Haapsalu_Metskond, lk 31
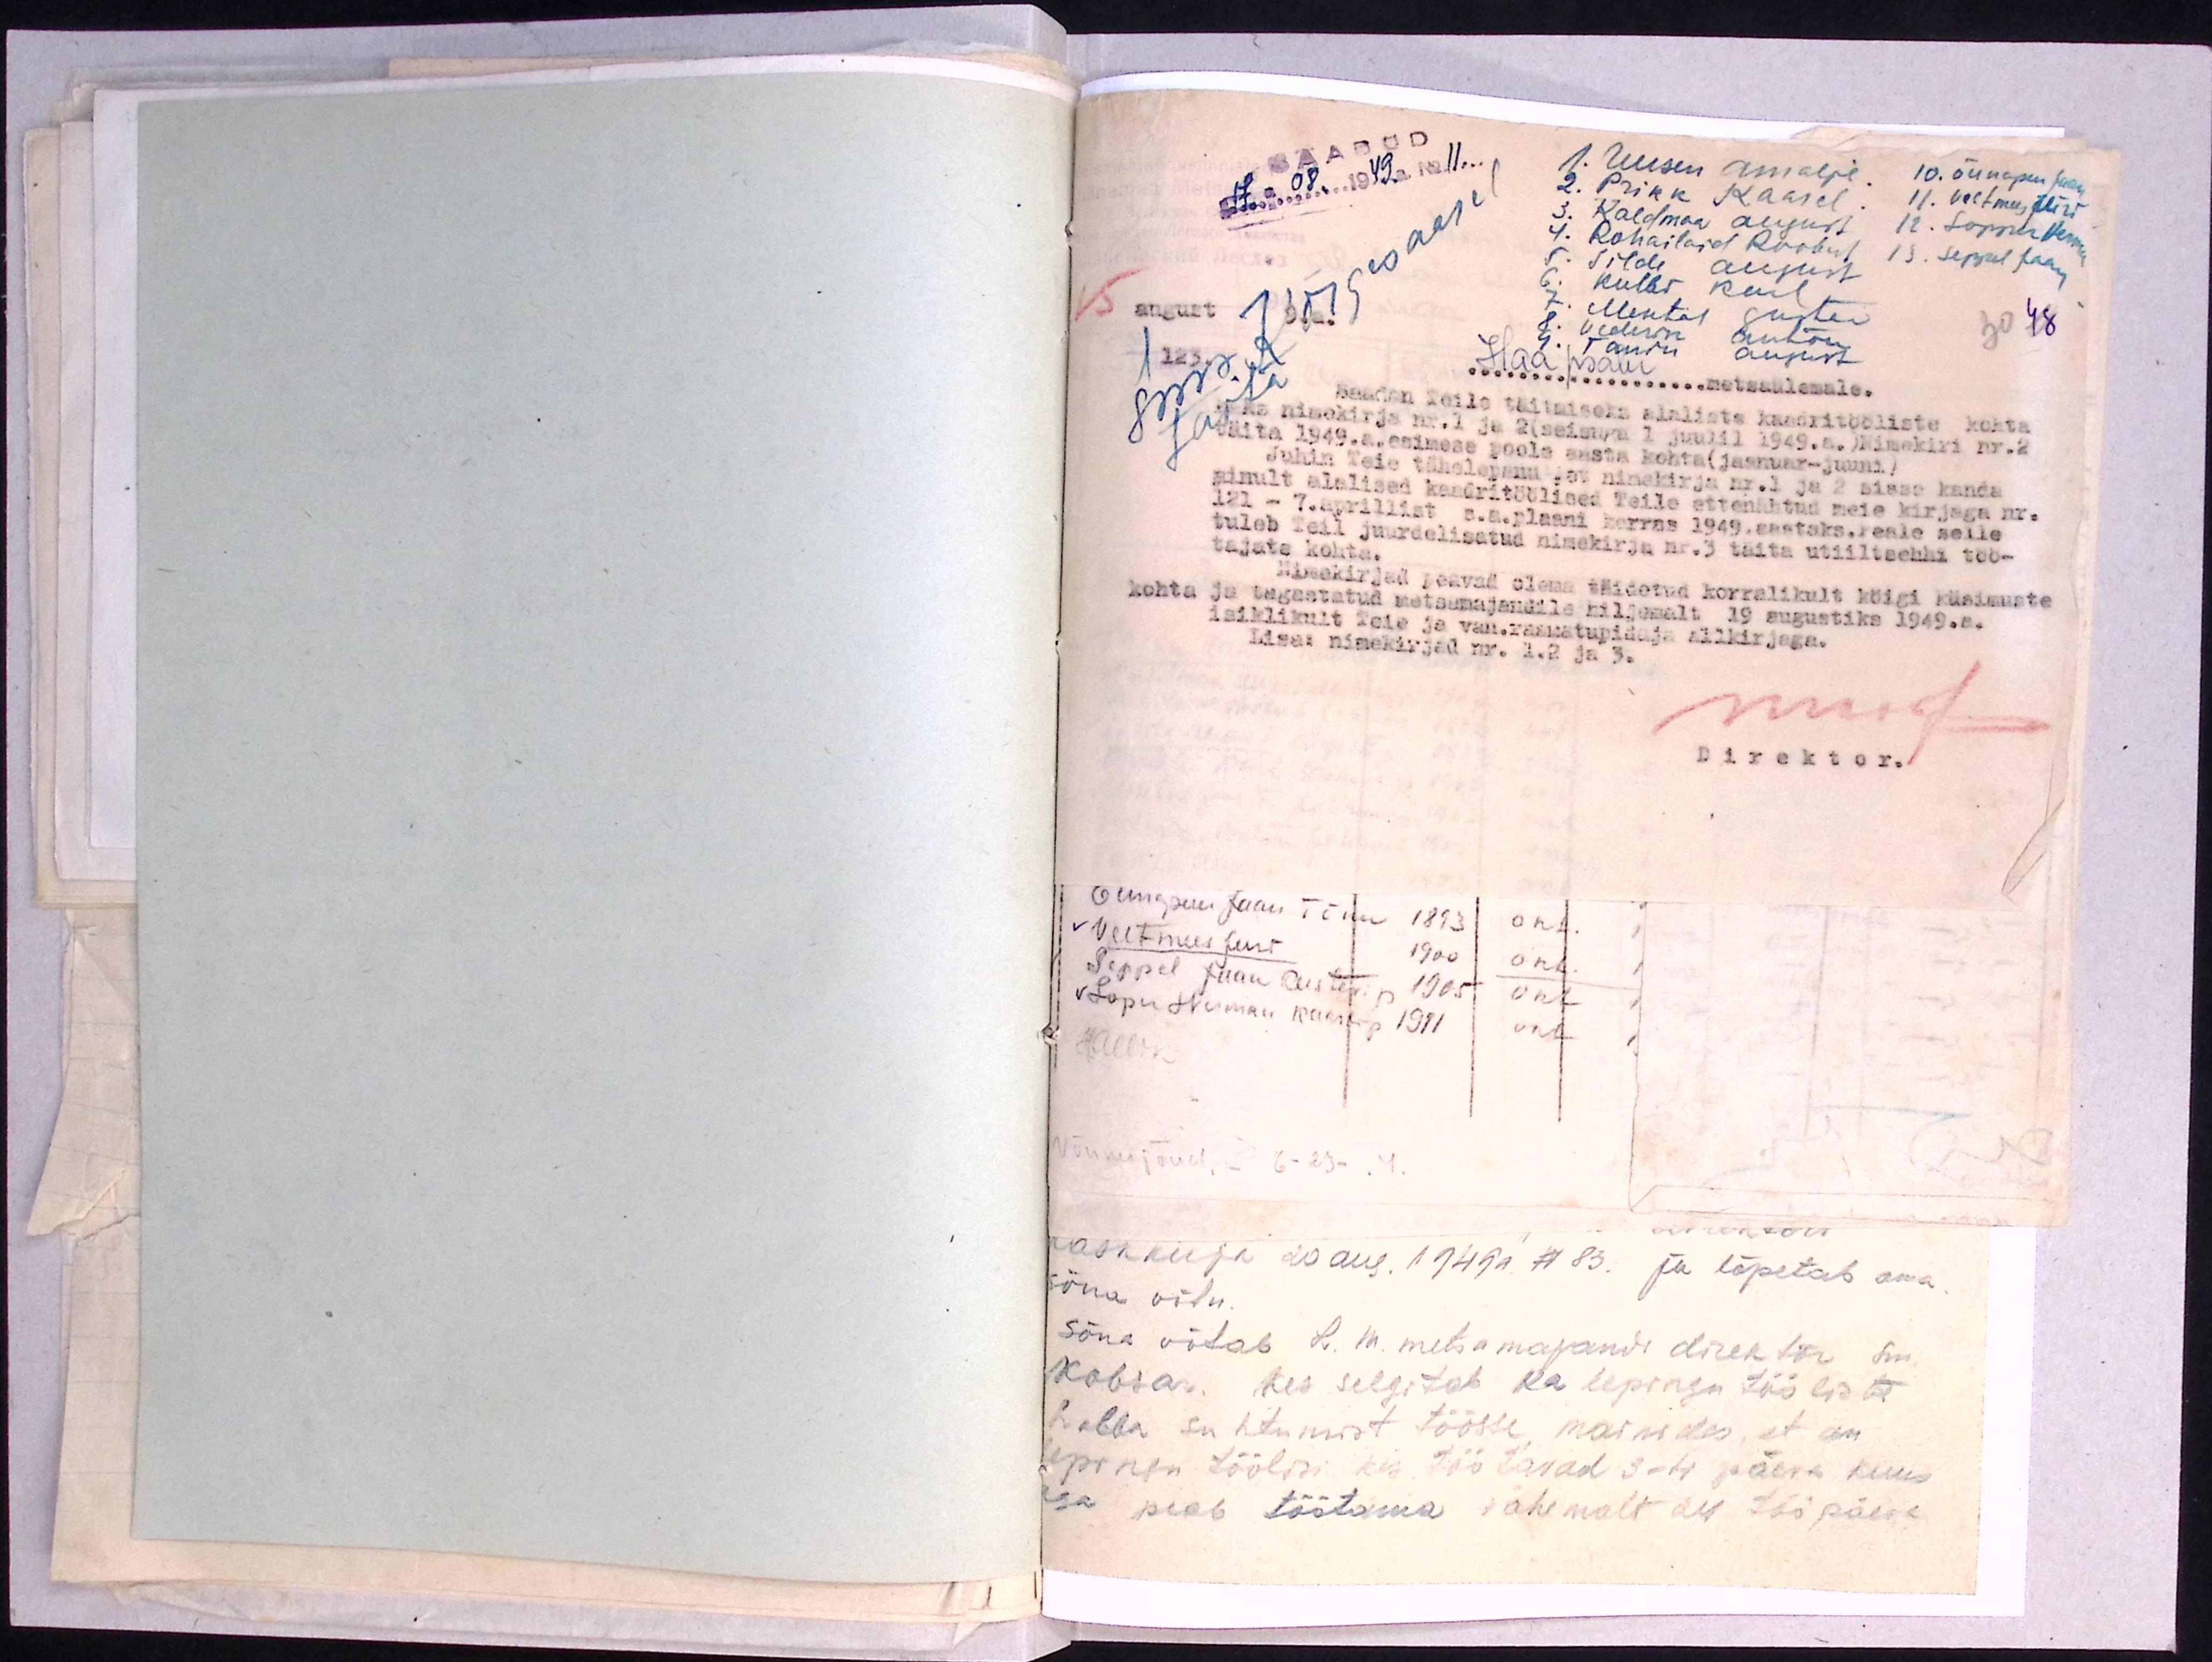
SAADUD
"17" 08.1949.a. No 11.
1. Uusen Amalje.
10. Õunapuu Jaan
2. Prikk Kaarel.
11. Veltmees Jens
3. Kaldmaa August
12. Loppu Herman
4. Rohailaid Roobert
13. Seppel Jaan
5. Silde August
6. Kulbi Karl
7. Mental Gustav
8. Vederik Anton
9. Tanik August
30 48
15 august
9.a.
123.
sms. Kõrgesaarel
saata
Haapsalu metsaülemale
Saadan Teile täitmiseks alaliste kaadritööliste kohta
kaks nimekirja nr. 1 ja 2 (seisuga 1 juulil 1949.a.) Nimekiri nr. 2
täita 1949.a. esimese poole aasta kohta (jaanuar-juuni)
Juhin Teie tähelepanu ja nimekirja nr. 1 ja 2 sisse kanda
ainult alalised kaadritöölised Teile ettenähtud meie kirjaga nr.
121- 7. aprillist s.a. plaani korras 1949. aastaks. Peale selle
tuleb Teil juurdelisatud nimekirja nr. 3 täita utiiltsehhi töö-
tajate kohta.
Nimekirjad peavad olema täidetud korralikult köigi küsimuste
kohta ja tagastatud metsamajandile hiljemalt 19 augustiks 1949.a.
isiklikult Teie ja van.raamatupidaja allkirjaga.
Lisas nimekirjad nr. 1. 2 ja 3.
Direktor.